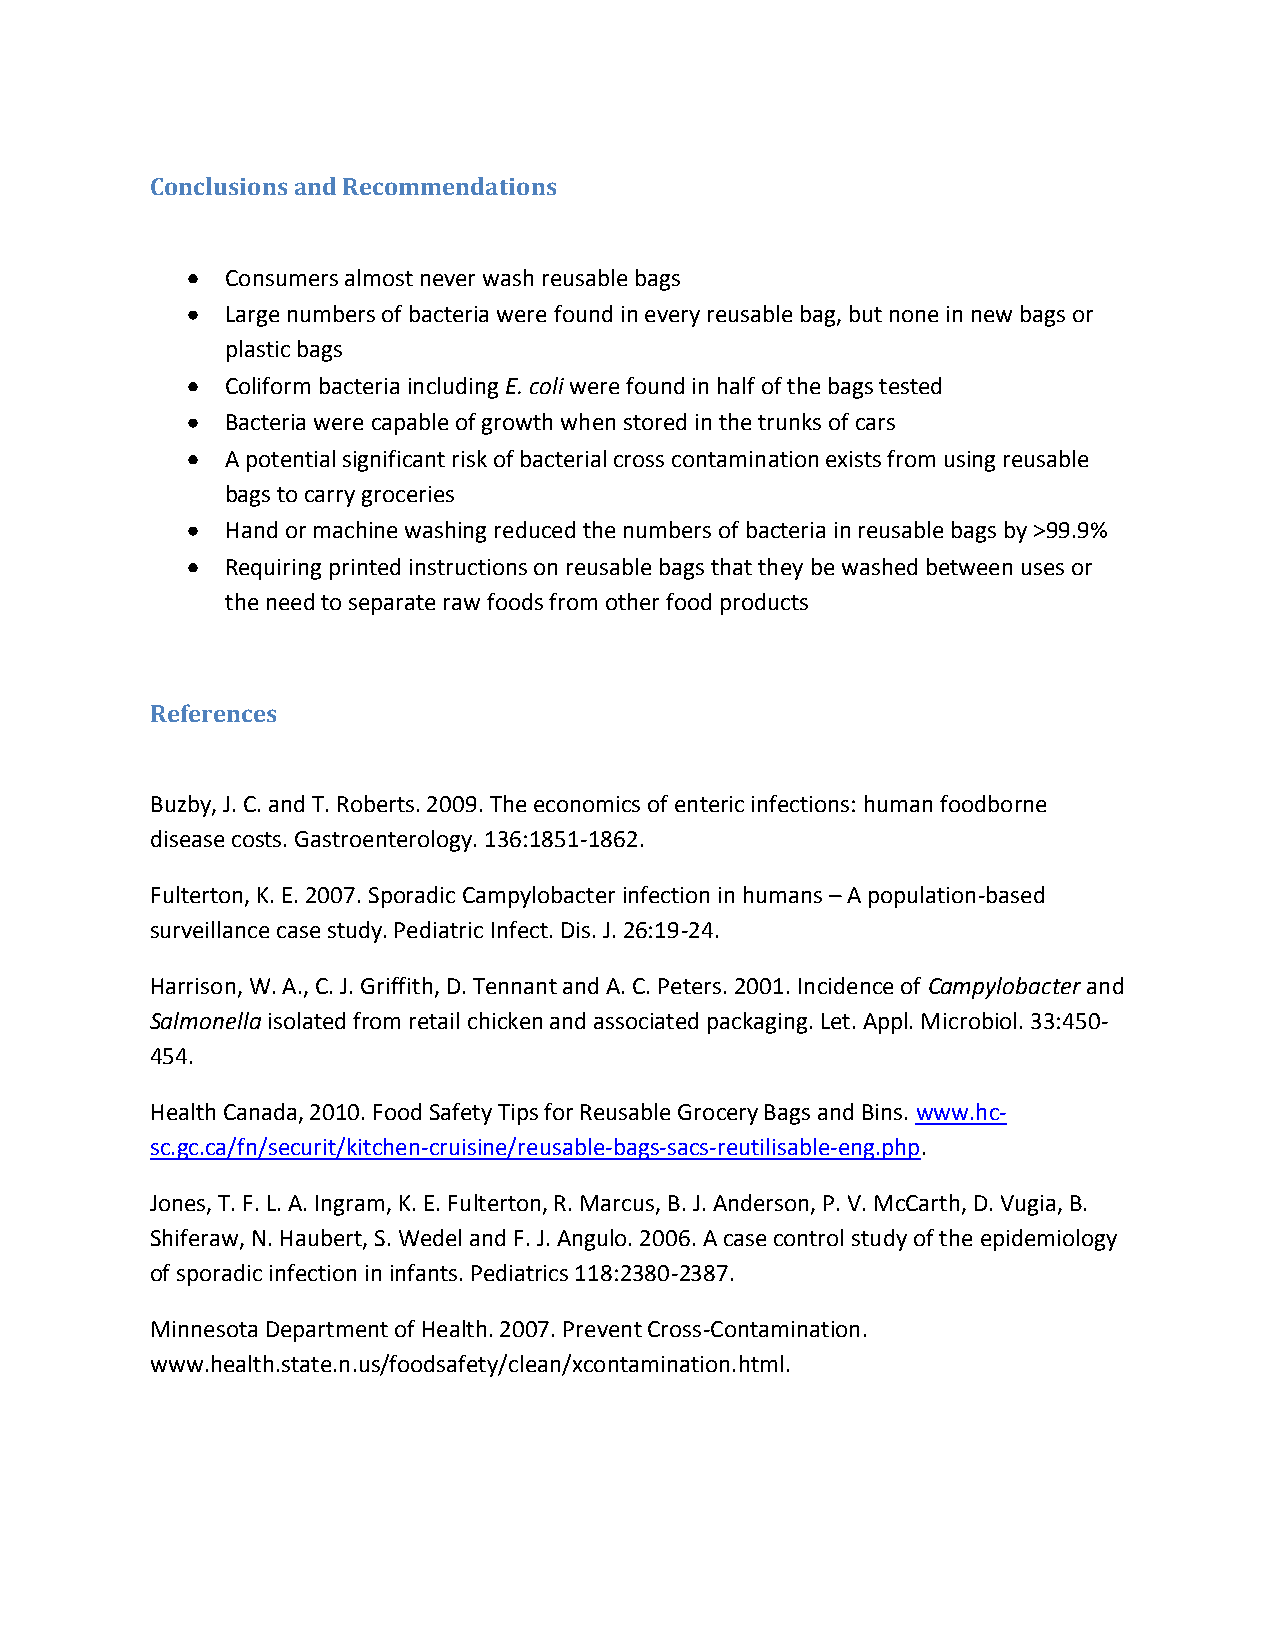
Conclusions and Recommendations
 Consumers almost never wash reusable bags
 Large numbers of bacteria were found in every reusable bag, but none in new bags or
 plastic bags
 Coliform bacteria including E. coli were found in half of the bags tested
 Bacteria were capable of growth when stored in the trunks of cars
 A potential significant risk of bacterial cross contamination exists from using reusable
 bags to carry groceries
 Hand or machine washing reduced the numbers of bacteria in reusable bags by >99.9%
 Requiring printed instructions on reusable bags that they be washed between uses or
 the need to separate raw foods from other food products
 References
 Buzby, J. C. and T. Roberts. 2009. The economics of enteric infections: human foodborne
 disease costs. Gastroenterology. 136:1851-1862.
 Fulterton, K. E. 2007. Sporadic Campylobacter infection in humans – A population-based
 surveillance case study. Pediatric Infect. Dis. J. 26:19-24.
 Harrison, W. A., C. J. Griffith, D. Tennant and A. C. Peters. 2001. Incidence of Campylobacter and
 Salmonella isolated from retail chicken and associated packaging. Let. Appl. Microbiol. 33:450-
 454.
 Health Canada, 2010. Food Safety Tips for Reusable Grocery Bags and Bins. www.hc-
 sc.gc.ca/fn/securit/kitchen-cruisine/reusable-bags-sacs-reutilisable-eng.php.
 Jones, T. F. L. A. Ingram, K. E. Fulterton, R. Marcus, B. J. Anderson, P. V. McCarth, D. Vugia, B.
 Shiferaw, N. Haubert, S. Wedel and F. J. Angulo. 2006. A case control study of the epidemiology
 of sporadic infection in infants. Pediatrics 118:2380-2387.
 Minnesota Department of Health. 2007. Prevent Cross-Contamination.
 www.health.state.n.us/foodsafety/clean/xcontamination.html.